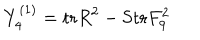
LaTeX: Y _ { 4 } ^ { ( 1 ) } = \mathrm { t r } R ^ { 2 } - \mathrm { S t r } F _ { 9 } ^ { 2 }